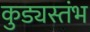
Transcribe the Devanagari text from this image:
कुड्यस्तंभ